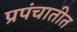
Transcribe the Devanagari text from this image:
प्रपंचातीत